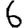
Digit: 6